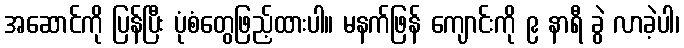
အဆောင်ကို ပြန်ပြီး ပုံစံတွေဖြည့်ထားပါ။ မနက်ဖြန် ကျောင်းကို ၉ နာရီ ခွဲ လာခဲ့ပါ၊